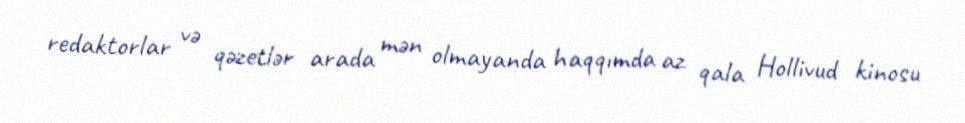
redaktorlar və qəzetlər arada mən olmayanda haqqımda az qala Hollivud kinosu